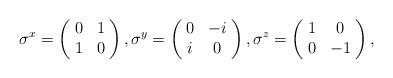
LaTeX: \begin{align*}\sigma^{x} = \left(\!\begin{array}{cc}0&1\\1&0\end{array}\!\right),\sigma^{y} = \left(\!\begin{array}{cc}0&-i\\i&0\end{array}\!\right),\sigma^{z} = \left(\!\begin{array}{cc}1&0\\0&-1\end{array}\!\right),\end{align*}